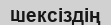
шексіздің